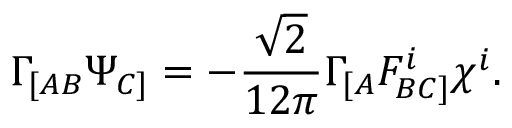
\Gamma _ { [ A B } \Psi _ { C ] } = - \frac { \sqrt { 2 } } { 1 2 \pi } \Gamma _ { [ A } F _ { B C ] } ^ { i } \chi ^ { i } .